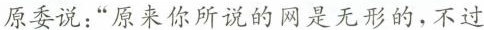
原委说：”原来你所说的网是无形的，不过